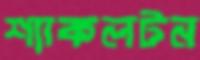
শ্যাকলটন